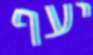
יעף